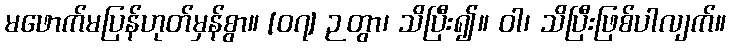
မဖောက်မပြန်ဟုတ်မှန်စွာ။ [၀၇] ဉတွာ၊ သိပြီး၍။ ဝါ၊ သိပြီးဖြစ်ပါလျက်။